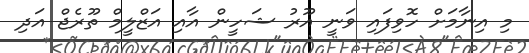
މި އިނާމަށް ހޮވިފައި ވަނީ އޫރު ޝަހީން އާއި އަޒްލީމް ތޫރެޖް އަދި